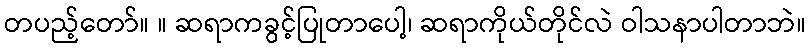
တပည့်တော်။ ။ ဆရာကခွင့်ပြုတာပေါ့၊ ဆရာကိုယ်တိုင်လဲ ဝါသနာပါတာဘဲ။